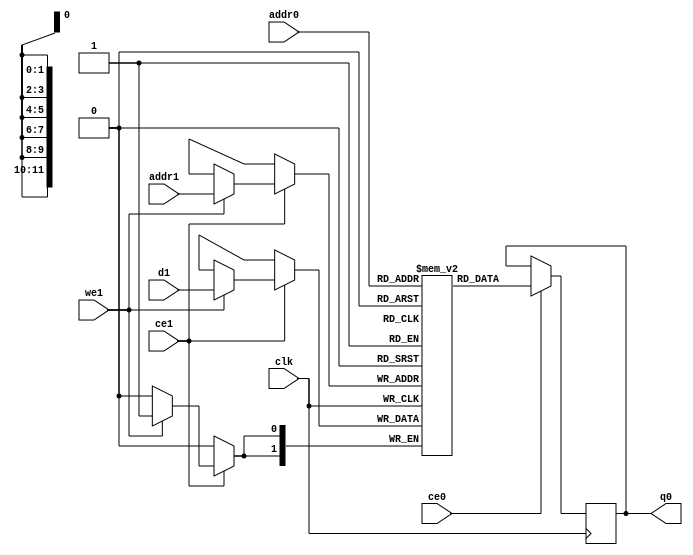
// ==============================================================
// Vitis HLS - High-Level Synthesis from C, C++ and OpenCL v2020.2 (64-bit)
// Copyright 1986-2020 Xilinx, Inc. All Rights Reserved.
// ==============================================================
`timescale 1 ns / 1 ps
module ConvolutionInputGenerator_4_ConvolutionInputGenerator_3u_128u_2u_18u_16u_1u_1u_ap_resource_lutram_s_inputbkb_ram (addr0, ce0, q0, addr1, ce1, d1, we1,  clk);

parameter DWIDTH = 2;
parameter AWIDTH = 12;
parameter MEM_SIZE = 2304;

input[AWIDTH-1:0] addr0;
input ce0;
output reg[DWIDTH-1:0] q0;
input[AWIDTH-1:0] addr1;
input ce1;
input[DWIDTH-1:0] d1;
input we1;
input clk;

(* ram_style = "distributed" *)reg [DWIDTH-1:0] ram[0:MEM_SIZE-1];




always @(posedge clk)  
begin 
    if (ce0) begin
        q0 <= ram[addr0];
    end
end


always @(posedge clk)  
begin 
    if (ce1) begin
        if (we1) 
            ram[addr1] <= d1; 
    end
end


endmodule

`timescale 1 ns / 1 ps
module ConvolutionInputGenerator_4_ConvolutionInputGenerator_3u_128u_2u_18u_16u_1u_1u_ap_resource_lutram_s_inputbkb(
    reset,
    clk,
    address0,
    ce0,
    q0,
    address1,
    ce1,
    we1,
    d1);

parameter DataWidth = 32'd2;
parameter AddressRange = 32'd2304;
parameter AddressWidth = 32'd12;
input reset;
input clk;
input[AddressWidth - 1:0] address0;
input ce0;
output[DataWidth - 1:0] q0;
input[AddressWidth - 1:0] address1;
input ce1;
input we1;
input[DataWidth - 1:0] d1;



ConvolutionInputGenerator_4_ConvolutionInputGenerator_3u_128u_2u_18u_16u_1u_1u_ap_resource_lutram_s_inputbkb_ram ConvolutionInputGenerator_4_ConvolutionInputGenerator_3u_128u_2u_18u_16u_1u_1u_ap_resource_lutram_s_inputbkb_ram_U(
    .clk( clk ),
    .addr0( address0 ),
    .ce0( ce0 ),
    .q0( q0 ),
    .addr1( address1 ),
    .ce1( ce1 ),
    .we1( we1 ),
    .d1( d1 ));

endmodule